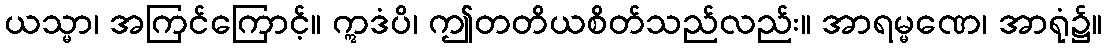
ယသ္မာ၊ အကြင်ကြောင့်။ ဣဒံပိ၊ ဤတတိယစိတ်သည်လည်း။ အာရမ္မဏေ၊ အာရုံ၌။